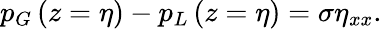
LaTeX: p_{G}\left(z=\eta\right)-p_{L}\left(z=\eta\right)=\sigma\eta_{xx}.